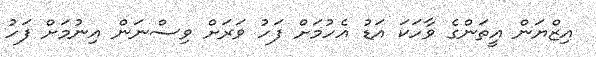
އިޒްޔަން އީތަންގެ ވާހަކަ އަޑު އެހުމަށް ފަހު ވަރަށް ވިސްނަން އިނުމަށް ފަހު